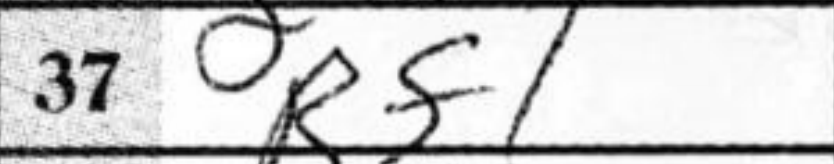
Transcription: Rf1